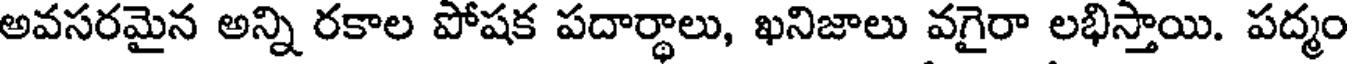
అవసరమైన అన్ని రకాల పోషక పదార్థాలు, ఖనిజాలు వగైరా లభిస్తాయి. పద్మం